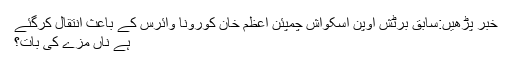
خبر پڑھیں:سابق برٹش اوپن اسکواش چمپئن اعظم خان کورونا وائرس کے باعث انتقال کرگئے
ہے ناں مزے کی بات؟